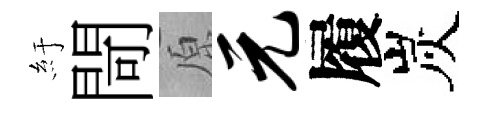
紆閜原元履炭